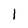
Character: 1